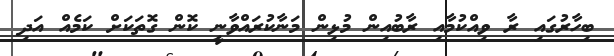
ބިހާރުގައި ރާ ވިއްކުމާއި ރާބުއިން މުޅިން މަނާކުރައްވާނީ ކޮން ގޮތަކަށް ކަމެއް އަދި